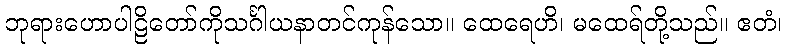
ဘုရားဟောပါဠိတော်ကိုသင်္ဂါယနာတင်ကုန်သော။ ထေရေဟိ၊ မထေရ်တို့သည်။ ဧတံ၊